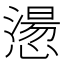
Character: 𢡂